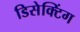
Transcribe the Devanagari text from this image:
डिसेक्टिंग